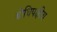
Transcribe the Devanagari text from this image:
बोधिपक्षीय